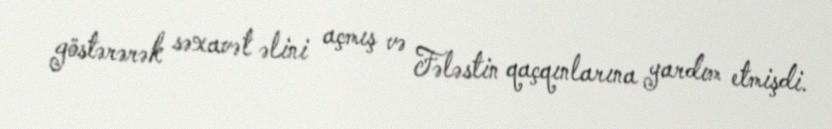
göstərərək səxavət əlini açmış və Fələstin qaçqınlarına yardım etmişdi.